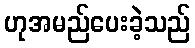
ဟုအမည်ပေးခဲ့သည်